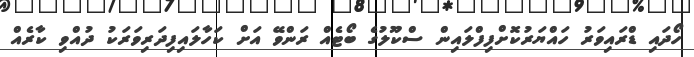
ހޯދައި ޑްރައިވަރު ހައްޔަރުކޮށްފިފްލައިން ސްކޫލުގެ ބޯޓެއް ރަންވޭ އަށް ކަހާލައިފިދަރިވަރަކު ދުއްވި ކާރެއް